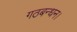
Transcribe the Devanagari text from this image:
गठबन्धन।